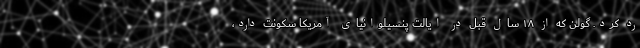
رد کرد. گولن که از ۱۸ سال قبل در ایالت پنسیلوانیای آمریکا سکونت دارد،